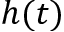
h ( t )